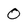
Character: 0